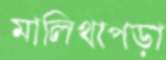
মালিথাপড়া